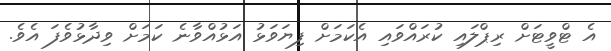
އެ ޓްވީޓަށް ރިޕްލައި ކުރައްވައި އެކަމަށް ފިޔަވަޅު އަޅުއްވާނެ ކަމަށް ވިދާޅުވެފަ އެވެ.